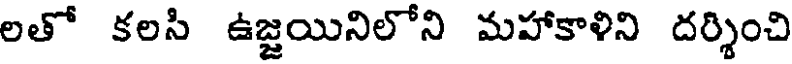
లతో కలసి ఉజ్జయినిలోని మహాకాళిని దర్శించి